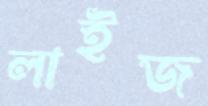
লাইজ